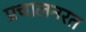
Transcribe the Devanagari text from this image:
प्रचालनरत